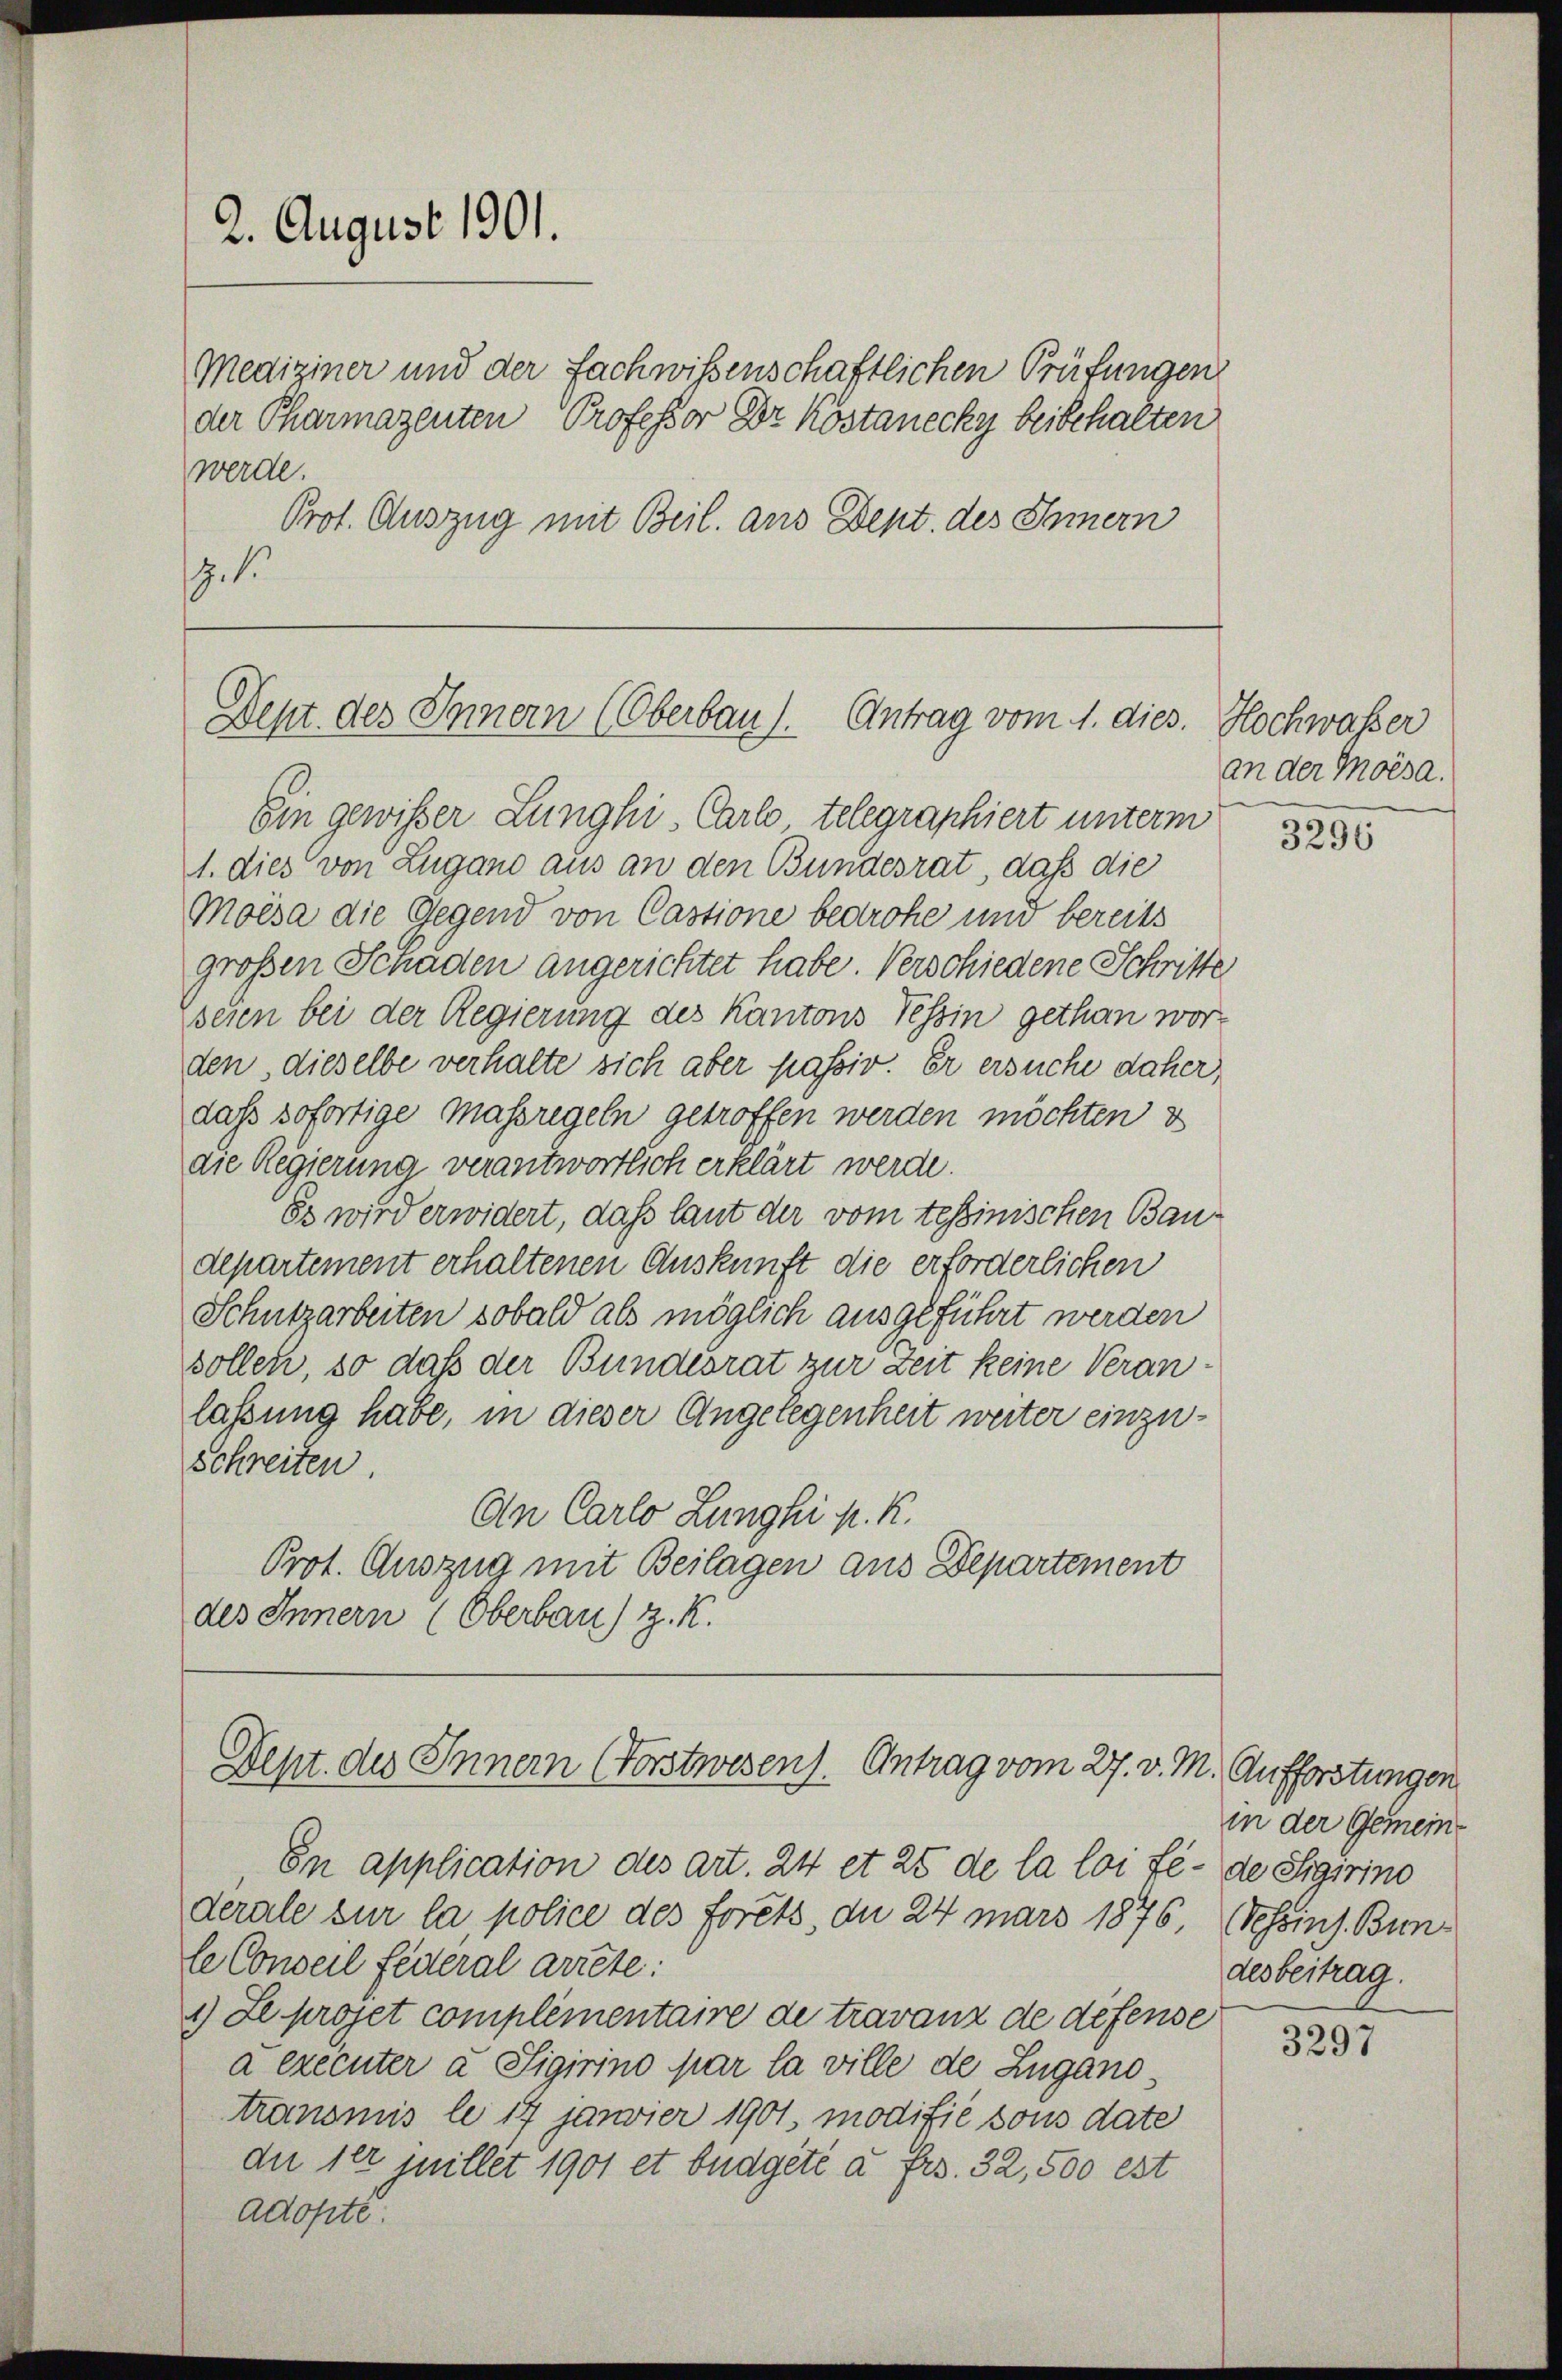
2. August 1901.
werde.

der Pharmazenten Professor Dr. Köstanecky beibehalten
Prot. Auszug mit Beil. aus Dept. des Innern
.

Dent des Innern (Oberbau). Antrag vom 1. dies.

Mediziner und der Fachwissenschaftlichen Prüfungen

Ein gewisser Lunghi, Carlo telegraphiert unterm
1. dies von Lugano aus an den Bundesrat, daß die
Moisa die Gegend von Castione bedrohe und bereits
großen Schaden angerichtet habe. Verschiedene Schritte
seien bei der Regierung des Kantons Tessin gethan worden dieselbe verhalte sich aber passiv. Er ersuche daher,
dass sofortige Massregeln getroffen werden möchten u
die Regierung verantwortlich erklärt werde.
Es wird erwidert, daß laut der vom tessinischen Baudepartement erhaltenen Auskunft die erforderlichen
Schutzarbeiten sobald als möglich ausgeführt werden
sollen, so daß der Bundesrat zur Zeit keine Veranlassung habe, in dieser Angelegenheit weiter einzu¬
Schreiten
An Carlo Lunghi N. K.
Prot. Auszug mit Beilagen aus Departement
des Innern (Oberbau) z. K.

En application des art. 24 et 25 de la loi fé- de Sigirino
derale zur la police des forêts, du 24 mars 1876, Gesoins. Bunle Conseil festeral arrête:
1) Le projet complementaire de travanz de défense
à executer a Sigirino par la ville de Zugano,
transmis le 17 janvier 1901, modifié sous date
dee 1er inillet 1901 et budgete a frs. 32, 500 est
adopte.

Dept. des Innern (Forstwesen). Antrag vom 27. v. M. Aufforstungen

Hochwasser
an der Moisa.

3296

in der Gemeindesbeitrag.

3297